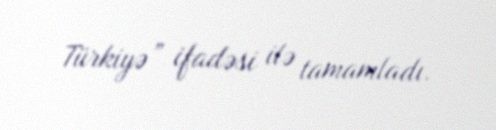
Türkiyə” ifadəsi ilə tamamladı.